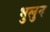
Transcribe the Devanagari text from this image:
भुलुन